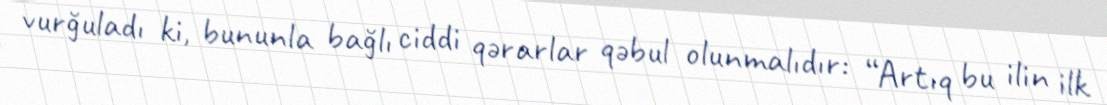
vurğuladı ki, bununla bağlı ciddi qərarlar qəbul olunmalıdır: “Artıq bu ilin ilk